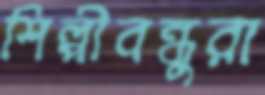
শিল্পীবন্ধুরা